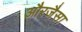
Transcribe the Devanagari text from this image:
औरजैसा